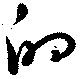
的